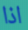
اذا